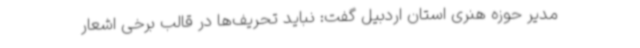
مدیر حوزه هنری استان اردبیل گفت: نباید تحریف‌ها در قالب برخی اشعار